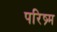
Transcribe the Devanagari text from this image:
परिष्र्म